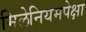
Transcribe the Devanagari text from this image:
मिलेनियमपेक्षा